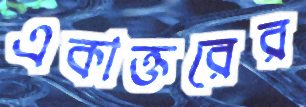
একাক্তরের